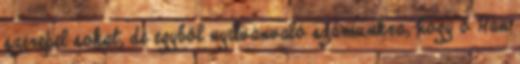
szerepel sokat, de egyből nyilvánvaló számunkra, hogy ő Han